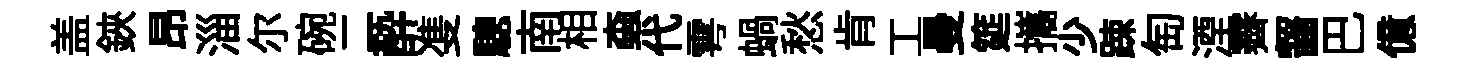
盖鋏昂淄尓碗二酔㕠驄南相螙代雩蝸愁肯工曼筵攜少踈匋湮霽齧巴億